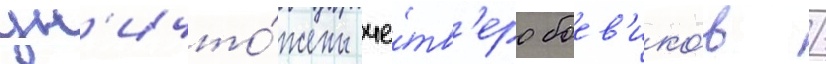
ун'ичто́жены че́тв'еро боев'ико́в /